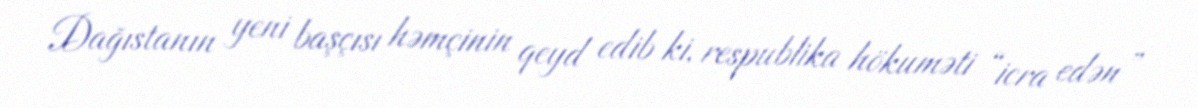
Dağıstanın yeni başçısı həmçinin qeyd edib ki, respublika hökuməti “icra edən”